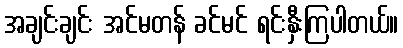
အချင်းချင်း အင်မတန် ခင်မင် ရင်းနှီးကြပါတယ်။